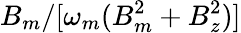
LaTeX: B_{m}/[\omega_{m}(B_{m}^{2}+B_{z}^{2})]